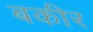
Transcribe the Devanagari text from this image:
बकीर